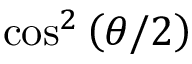
\cos ^ { 2 } \left( \theta / 2 \right)